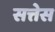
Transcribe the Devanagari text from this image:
सत्तेस